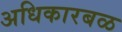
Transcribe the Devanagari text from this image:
अधिकारबळ